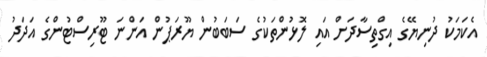
އެކަމަކު ދުނިޔޭގެ އިގްތިސާދަށް އައި ލޮޅުންތަކުގެ ސަބަބުން ޔޫރަޕުން އަންނަ ޓޫރިސްޓުންގެ އަދަދު